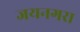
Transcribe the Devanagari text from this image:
जयनगरा